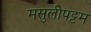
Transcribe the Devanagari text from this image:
मसुलीपट्टम